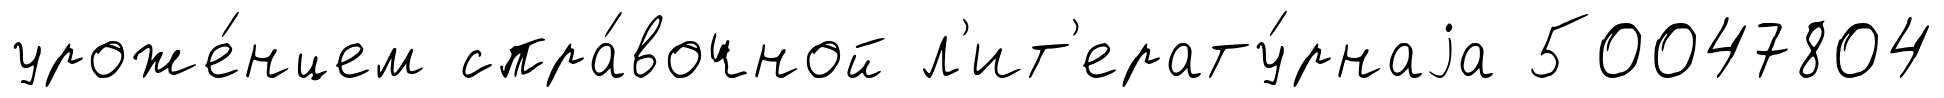
уроже́нцем спра́вочной л'ит'ерату́рнаjа 50047804